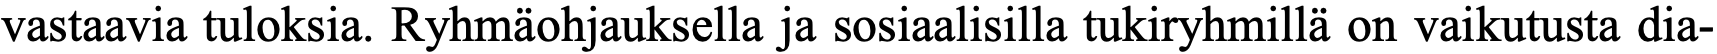
vastaavia tuloksia. Ryhmäohjauksella ja sosiaalisilla tukiryhmillä on vaikutusta dia-